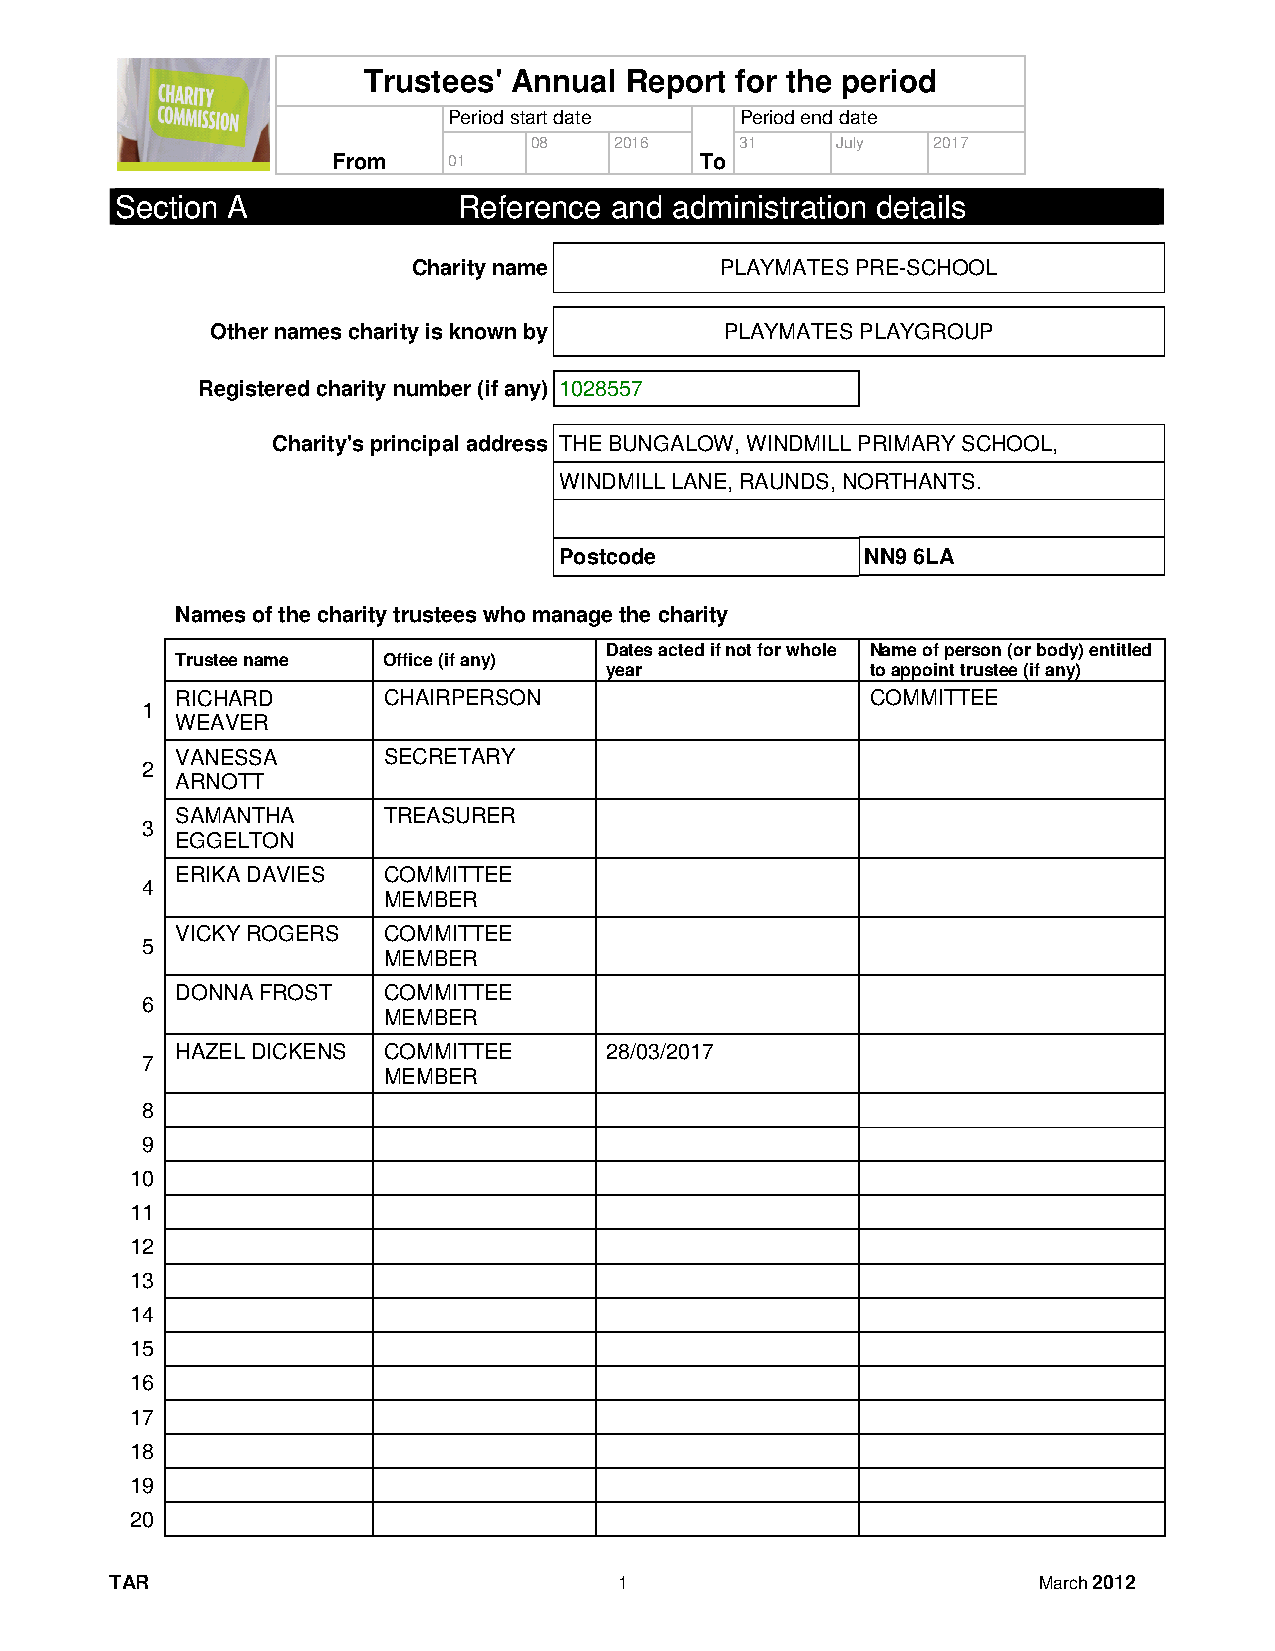
Trustees' Annual Report  for the period
 Period start date  Period end date
 08    2016    31    July   2017
 From    01              To
 Section A             Reference and  administration details
 Charity name         PLAYMATES PRE-SCHOOL
 Other names charity is known by   PLAYMATES PLAYGROUP
 Registered charity number (if any) 1028557
 Charity's principal address THE BUNGALOW, WINDMILL PRIMARY SCHOOL,
 WINDMILL LANE, RAUNDS, NORTHANTS.
 Postcode            NN9 6LA
 Names of the charity trustees who manage the charity
 Dates acted if not for whole Name of person (or body) entitled
 Trustee name Office (if any)
 year              to appoint trustee (if any)
 RICHARD      CHAIRPERSON                      COMMITTEE
 1
 WEAVER
 VANESSA      SECRETARY
 2
 ARNOTT
 SAMANTHA     TREASURER
 3
 EGGELTON
 ERIKA DAVIES COMMITTEE
 4
 MEMBER
 VICKY ROGERS COMMITTEE
 5
 MEMBER
 DONNA FROST  COMMITTEE
 6
 MEMBER
 HAZEL DICKENS COMMITTEE     28/03/2017
 7
 MEMBER
 8
 9
 10
 11
 12
 13
 14
 15
 16
 17
 18
 19
 20
 TAR                               1                           March 2012